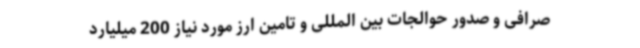
صرافی و صدور حوالجات بین المللی و تامین ارز مورد نیاز 200 میلیارد